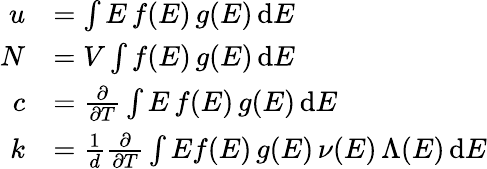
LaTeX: {\begin{array}{rl}{u}&{=\int E\, f(E)\, g(E)\, \mathrm{d}E}\\ {N}&{=V\int f(E)\, g(E)\, \mathrm{d}E}\\ {c}&{={\frac{\partial}{\partial T}}\int E\, f(E)\, g(E)\, \mathrm{d}E}\\ {k}&{={\frac{1}{d}}{\frac{\partial}{\partial T}}\int Ef(E)\, g(E)\, \nu(E)\, \Lambda(E)\, \mathrm{d}E}\end{array}}